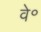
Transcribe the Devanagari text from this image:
वे॰